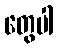
တွေပါ